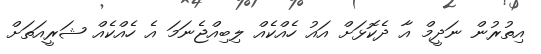
އިތުރުން ނަދީމް އާ ދެކޮޅަށް އައު ހެއްކެއް ލިބިއްޖެނަމަ އެ ހެއްކެއް ޝަރީއަތަށް